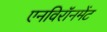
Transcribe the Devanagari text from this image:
एनविरॉनमेंट